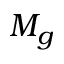
M _ { g }